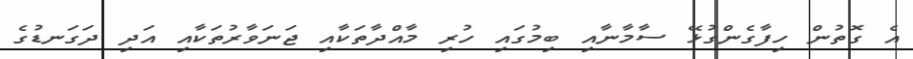
އެ ގޮތުން ހިފާގެންގުޅޭ ސާމާނާއި ބިމުގައި ހުރި މާއްދާތަކާއި ޖަނަވާރުތަކާއި އަދި ދަގަނޑުގެ